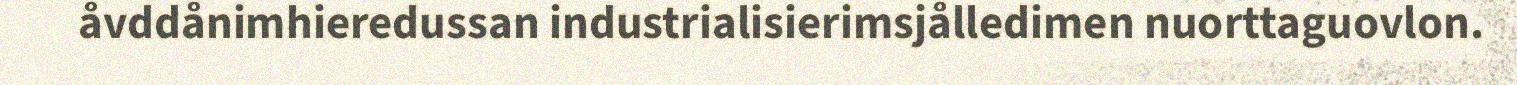
åvddånimhieredussan industrialisierimsjålledimen nuorttaguovlon.